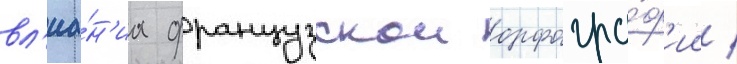
вл'иа́н'иа французскои орфогра́ф'ии /